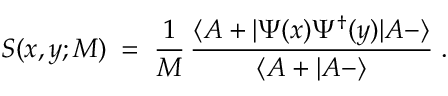
S ( x , y ; M ) \; = \; \frac { 1 } { M } \, \frac { \langle A + | \Psi ( x ) \Psi ^ { \dagger } ( y ) | A - \rangle } { \langle A + | A - \rangle } \; .